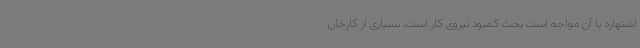
اشتهارد با آن مواجه است بحث کمبود نیروی کار است، بسیاری از کارخان